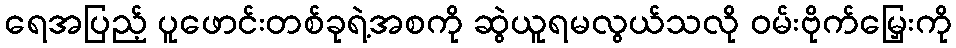
ရေအပြည့် ပူဖောင်းတစ်ခုရဲ့အစကို ဆွဲယူရမလွယ်သလို ဝမ်းဗိုက်မြှေးကို